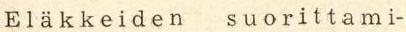
E l ä k k e i d e n  s u o r i t t a m i-